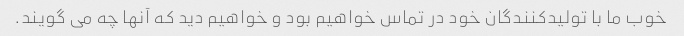
خوب ما با تولیدکنندگان خود در تماس خواهیم بود و خواهیم دید که آنها چه می گویند.